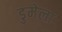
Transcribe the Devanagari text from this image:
डुमेला